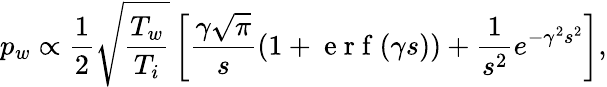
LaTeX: p_{w}\propto\frac{1}{2}\sqrt{\frac{T_{w}}{T_{i}}}\left[\frac{\gamma\sqrt{\pi}}{s}(1+\mathrm{~e~r~f~}(\gamma s))+\frac{1}{s^{2}}e^{-\gamma^{2}s^{2}}\right],